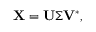
\mathbf { X } = \mathbf { U } \boldsymbol { \Sigma } \mathbf { V } ^ { * } ,